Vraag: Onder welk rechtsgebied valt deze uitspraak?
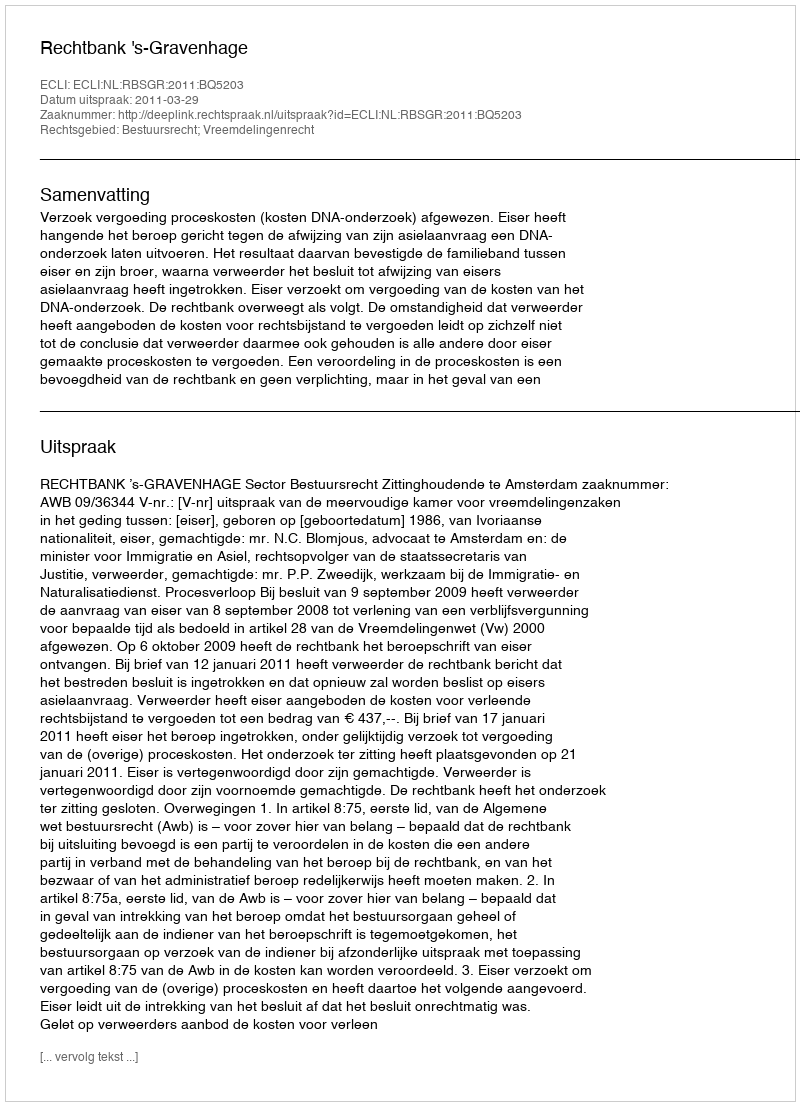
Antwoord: Bestuursrecht; Vreemdelingenrecht